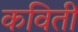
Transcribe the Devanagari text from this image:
कविती